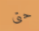
حتى